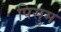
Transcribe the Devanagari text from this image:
पिसुम